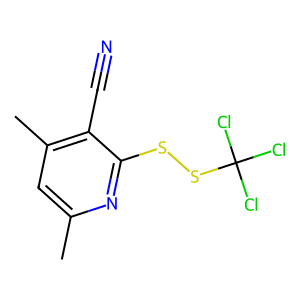
SMILES: Cc1cc(C)c(C#N)c(SSC(Cl)(Cl)Cl)n1
Inhibits HIV replication: No